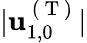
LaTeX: \vert\mathbf{u}_{1,0}^{\mathrm{~(~T~)~}}\vert